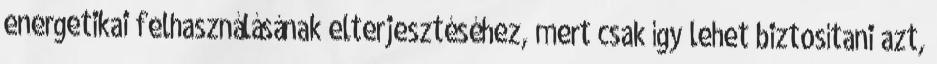
energetikai felhasználásának elterjesztéséhez, mert csak így lehet biztosítani azt,